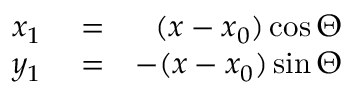
\begin{array} { r l r } { x _ { 1 } } & { { } = } & { ( x - x _ { 0 } ) \cos \Theta } \\ { y _ { 1 } } & { { } = } & { - ( x - x _ { 0 } ) \sin \Theta } \end{array}